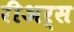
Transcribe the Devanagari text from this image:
रीअर्स